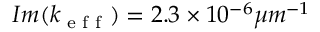
I m ( k _ { \textrm { e f f } } ) = 2 . 3 \times 1 0 ^ { - 6 } \mu m ^ { - 1 }